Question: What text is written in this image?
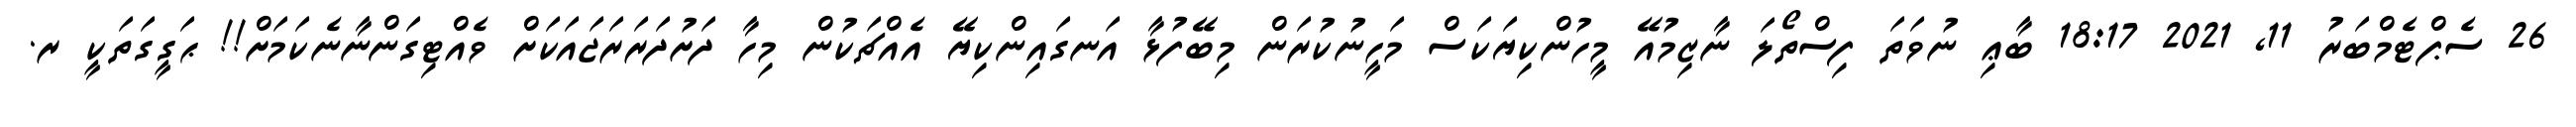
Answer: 26 ސެޕްޓެމްބަރު 11, 2021 18:17 ބާޢި ނުވަތަ ފިސްތޯލަ ނާޒިމުއޭ މީހުންކިޔަކަސް މަހީނުކުރަން މިބޭފުޅާ އަނގައިންކިޔޭ އެއްޗަކުން މިހާ ދަށުދަރަރަޖައަކަށް ވެއްޓިގަންނާނެކަމަށް!! ޙަގީގަތަކީ ރ.